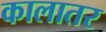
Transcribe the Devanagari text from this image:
कालातर